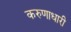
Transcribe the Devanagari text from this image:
करुणाधारी